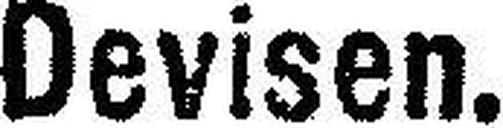
Devisen.